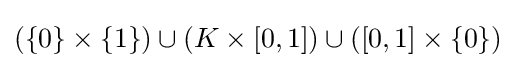
(\{0\}\times \{1\})\cup (K\times [0,1])\cup ([0,1]\times \{0\})